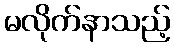
မလိုက်နာသည့်